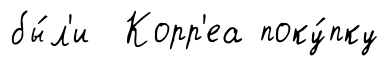
бы́л'и Корр'еа поку́пку